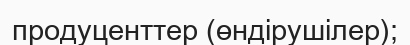
продуценттер (өндірушілер);